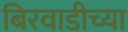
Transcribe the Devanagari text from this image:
बिरवाडीच्या